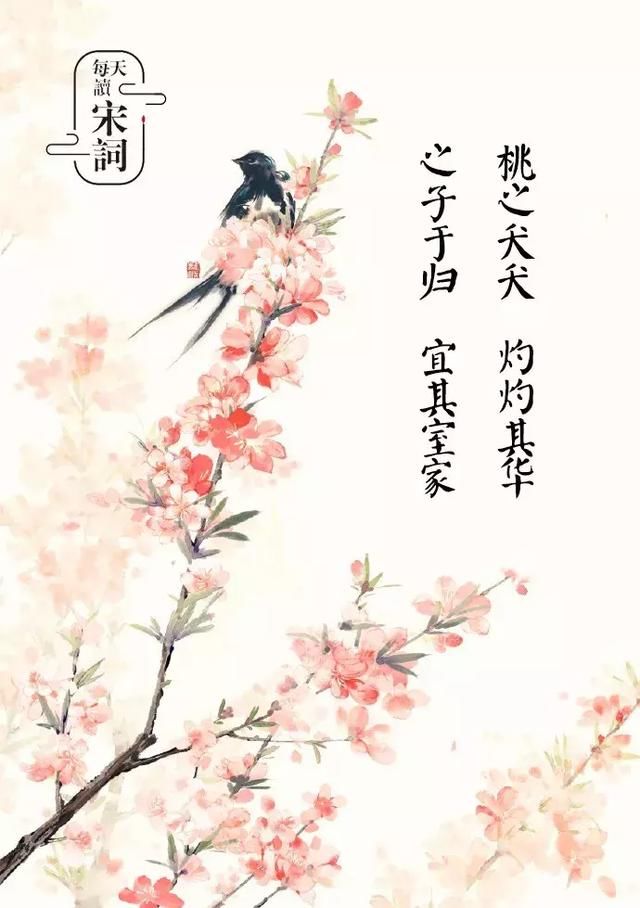
桃之夭夭，其叶蓁蓁。